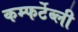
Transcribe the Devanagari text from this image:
कम्फर्टेब्ली